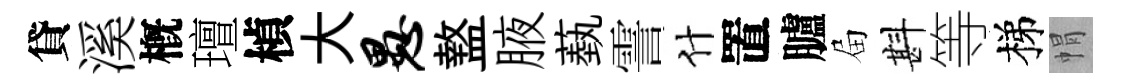
貸溪槪璮楨大愚盩腋蓺霅什置臚屇斟等梯㡌